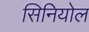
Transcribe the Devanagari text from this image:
सिनियोल